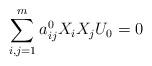
LaTeX: \begin{align*}\sum_{i,j=1}^m a^0_{ij}X_i X_j U_0=0\end{align*}